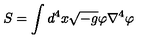
S = \int { d ^ { 4 } x } \sqrt { - g } \varphi \nabla ^ { 4 } \varphi